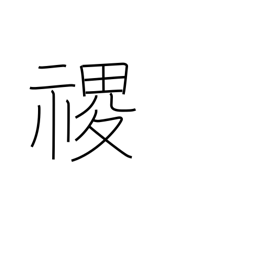
Meaning: proper name